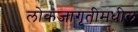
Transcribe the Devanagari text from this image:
लोकजागृतीमधील